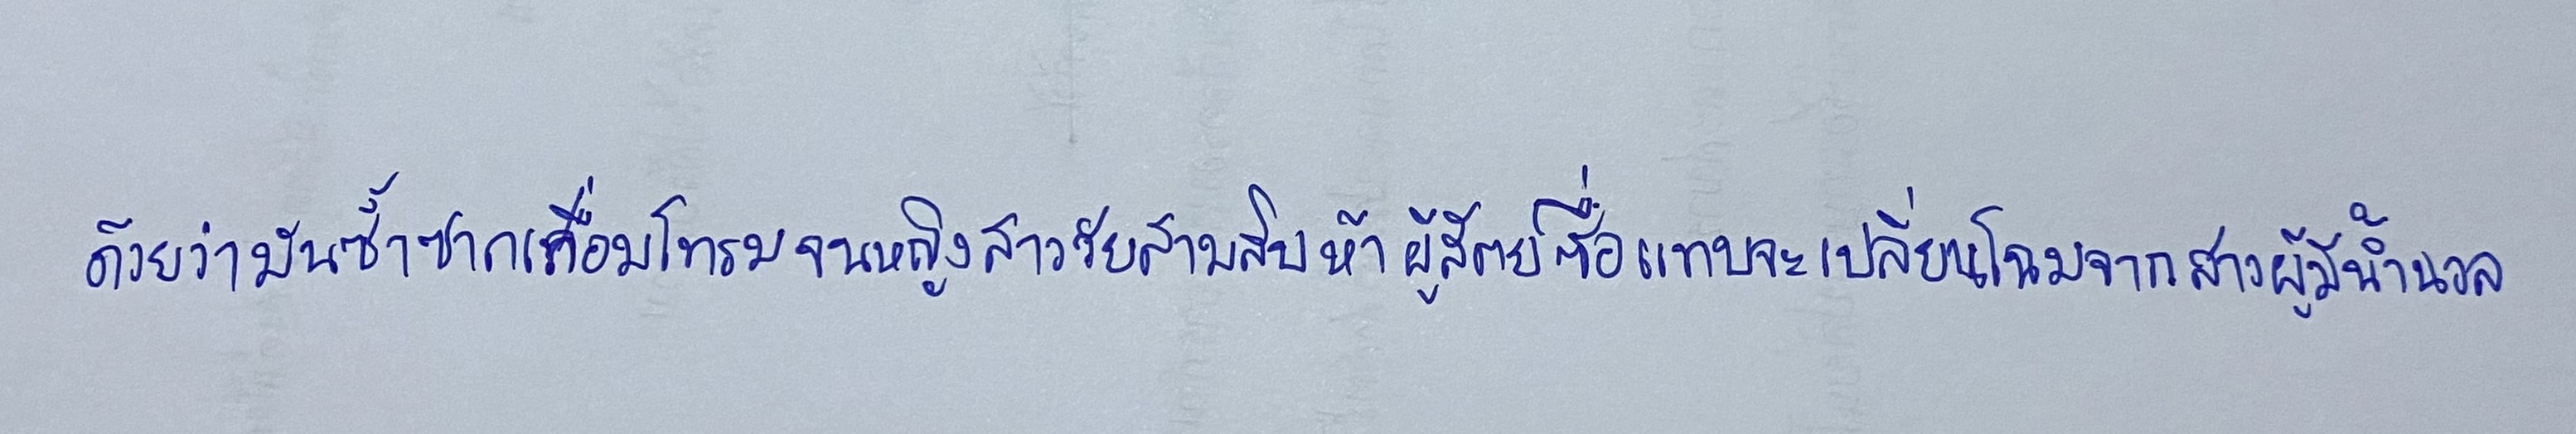
ด้วยว่ามันซ้ำซากเสื่อมโทรมจนหญิงสาววัยสามสิบห้าผู้สัตย์ซื่อแทบจะเปลี่ยนโฉมจากสาวผู้มีน้ำนวล